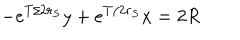
LaTeX: - e ^ { T / 2 r _ { S } } y + e ^ { T / 2 r _ { S } } x = 2 R